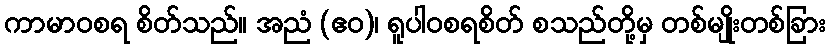
ကာမာဝစရ စိတ်သည်။ အညံ (ဧဝ)၊ ရူပါဝစရစိတ် စသည်တို့မှ တစ်မျိုးတစ်ခြား